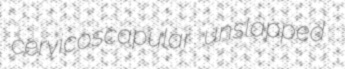
cervicoscapular unslapped